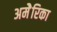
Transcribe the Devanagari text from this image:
अमेेेेरिका